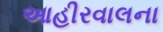
આહીરવાલના